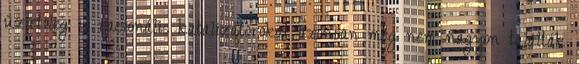
üzletileg is racionális katalizátorokat azonban még nem nagyon találták